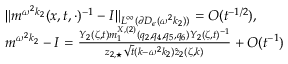
\begin{array} { r l } & { \| m ^ { \omega ^ { 2 } k _ { 2 } } ( x , t , \cdot ) ^ { - 1 } - I \| _ { L ^ { \infty } ( \partial D _ { \epsilon } ( \omega ^ { 2 } k _ { 2 } ) ) } = O ( t ^ { - 1 / 2 } ) , } \\ & { m ^ { \omega ^ { 2 } k _ { 2 } } - I = \frac { Y _ { 2 } ( \zeta , t ) m _ { 1 } ^ { X , ( 2 ) } ( q _ { 2 } , q _ { 4 } , q _ { 5 } , q _ { 6 } ) Y _ { 2 } ( \zeta , t ) ^ { - 1 } } { z _ { 2 , \star } \sqrt { t } ( k - \omega ^ { 2 } k _ { 2 } ) \hat { z } _ { 2 } ( \zeta , k ) } + O ( t ^ { - 1 } ) } \end{array}